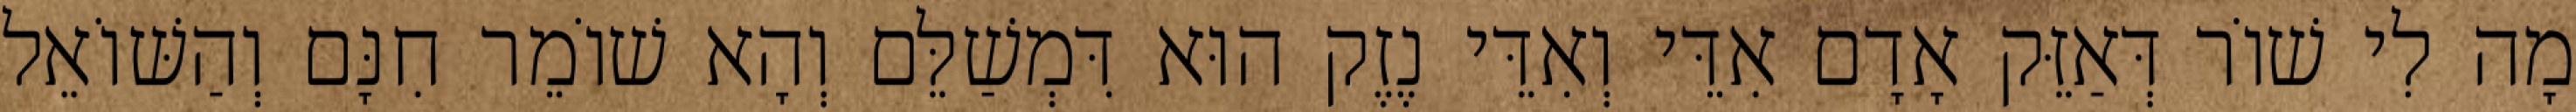
מָה לִי שׁוֹר דְּאַזֵּק אָדָם אִדֵּי וְאִדֵּי נֶזֶק הוּא דִּמְשַׁלֵּם וְהָא שׁוֹמֵר חִנָּם וְהַשּׁוֹאֵל